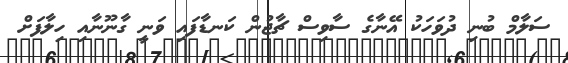
ސަލާމް ބުނި ދުވަހަކު އޭނާގެ ސާވިސް ޗާޖުން ކަނޑާފައި ވަނީ ގާނޫނާއި ހިލާފަށް